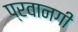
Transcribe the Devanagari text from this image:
प्रवानगी